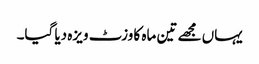
یہاں مجھے تین ماہ کا وزٹ ویزہ دیا گیا۔